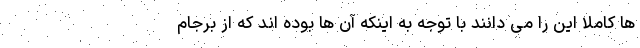
ها کاملا این را می دانند با توجه به اینکه آن ها بوده اند که از برجام